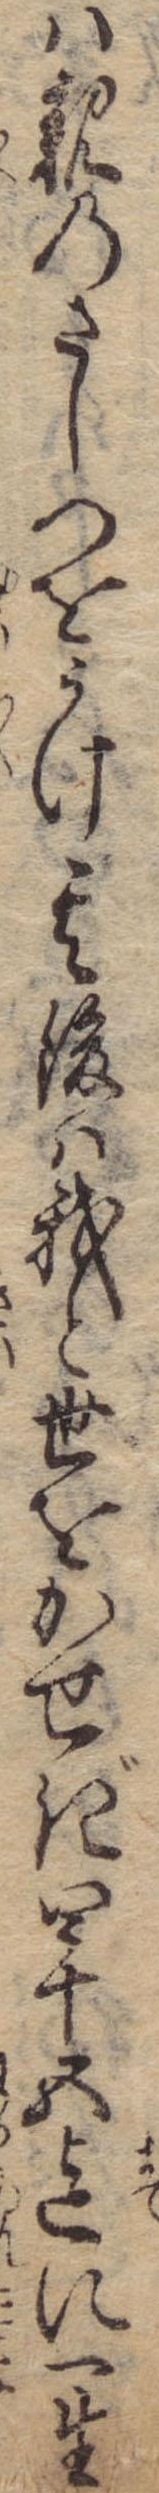
は親のさしつをうけ其後は我と世をかせぎ四十五迄に一生